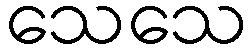
သေသေ